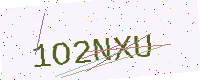
Text: 1O2NXU